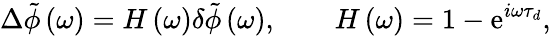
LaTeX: \Delta\tilde{\phi}\left(\omega\right)=H\left(\omega\right)\delta\tilde{\phi}\left(\omega\right),\qquad H\left(\omega\right)=1-\mathrm{e}^{i\omega\tau_{d}},